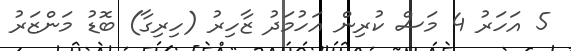
5 އަހަރު 4 މަސް ކުރިން އަހުމަދު ޒާހިރު (ހިރިގާ) ބޮޑު މަންޒަރު